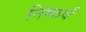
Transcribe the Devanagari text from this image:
निष्कर्षं